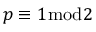
p \equiv 1 { \bmod { 2 } }